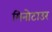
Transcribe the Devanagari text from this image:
मिनोटाउर